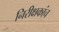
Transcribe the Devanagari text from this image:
निरीक्षकांच